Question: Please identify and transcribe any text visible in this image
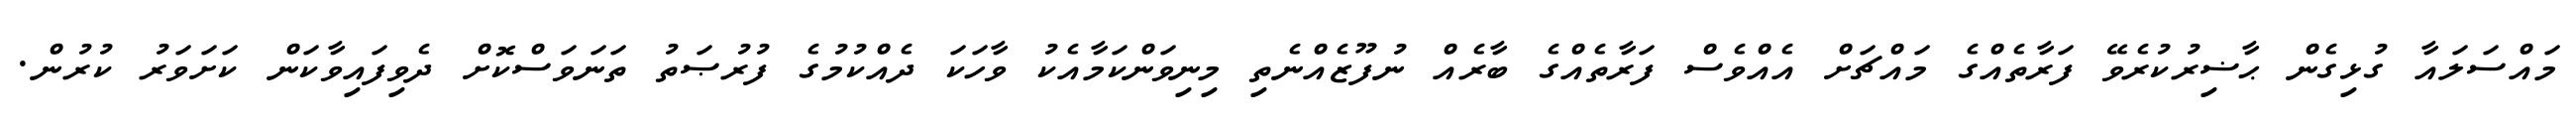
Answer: މައްސަލައާ ގުޅިގެން ޙާޟިރުކުރެވޭ ފަރާތެއްގެ މައްޗަށް އެއްވެސް ފަރާތެއްގެ ބާރެއް ނުފޫޒެއްނެތި މިނިވަންކަމާއެކު ވާހަކަ ދެއްކުމުގެ ފުރުޞަތު ތަނަވަސްކޮށް ދެވިފައިވާކަން ކަށަވަރު ކުރުން.